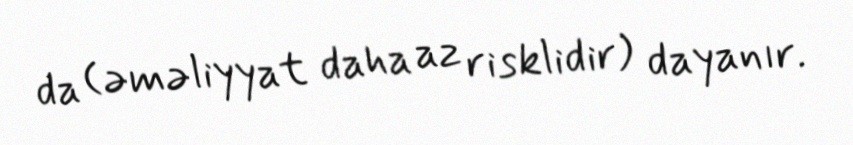
da (əməliyyat daha az risklidir) dayanır.